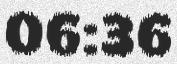
06:36